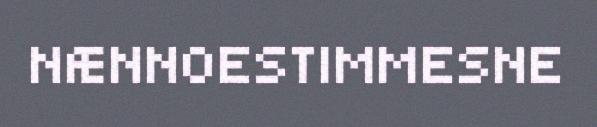
NÆNNOESTIMMESNE